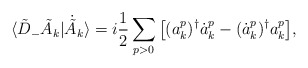
\begin{align*}\langle \tilde D_-\tilde A_k|\dot{\tilde A}_k\rangle= i\frac{1}{2}\sum_{p> 0} \big[(a^p_k)^\dagger\dot a^p_k- (\dot a^p_k)^\dagger a^p_k\big],\end{align*}